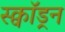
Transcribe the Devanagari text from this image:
स्क्वाॅड्रन